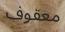
معقوف